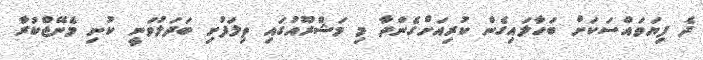
ދެ ފިޔަވައްސަކަށް ބަހާލައިގެން ކުރިއަށްގެންދާ މި މަޝްރޫއުގައި ތިލަފުށި ބަދަލުވަނީ ކުނި މެނޭޖްކުރާ